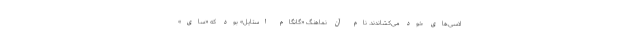
لاسی‌های خود می‌کشاندند. نام آن نماهنگ «گانگام استایل» بود که «سای»